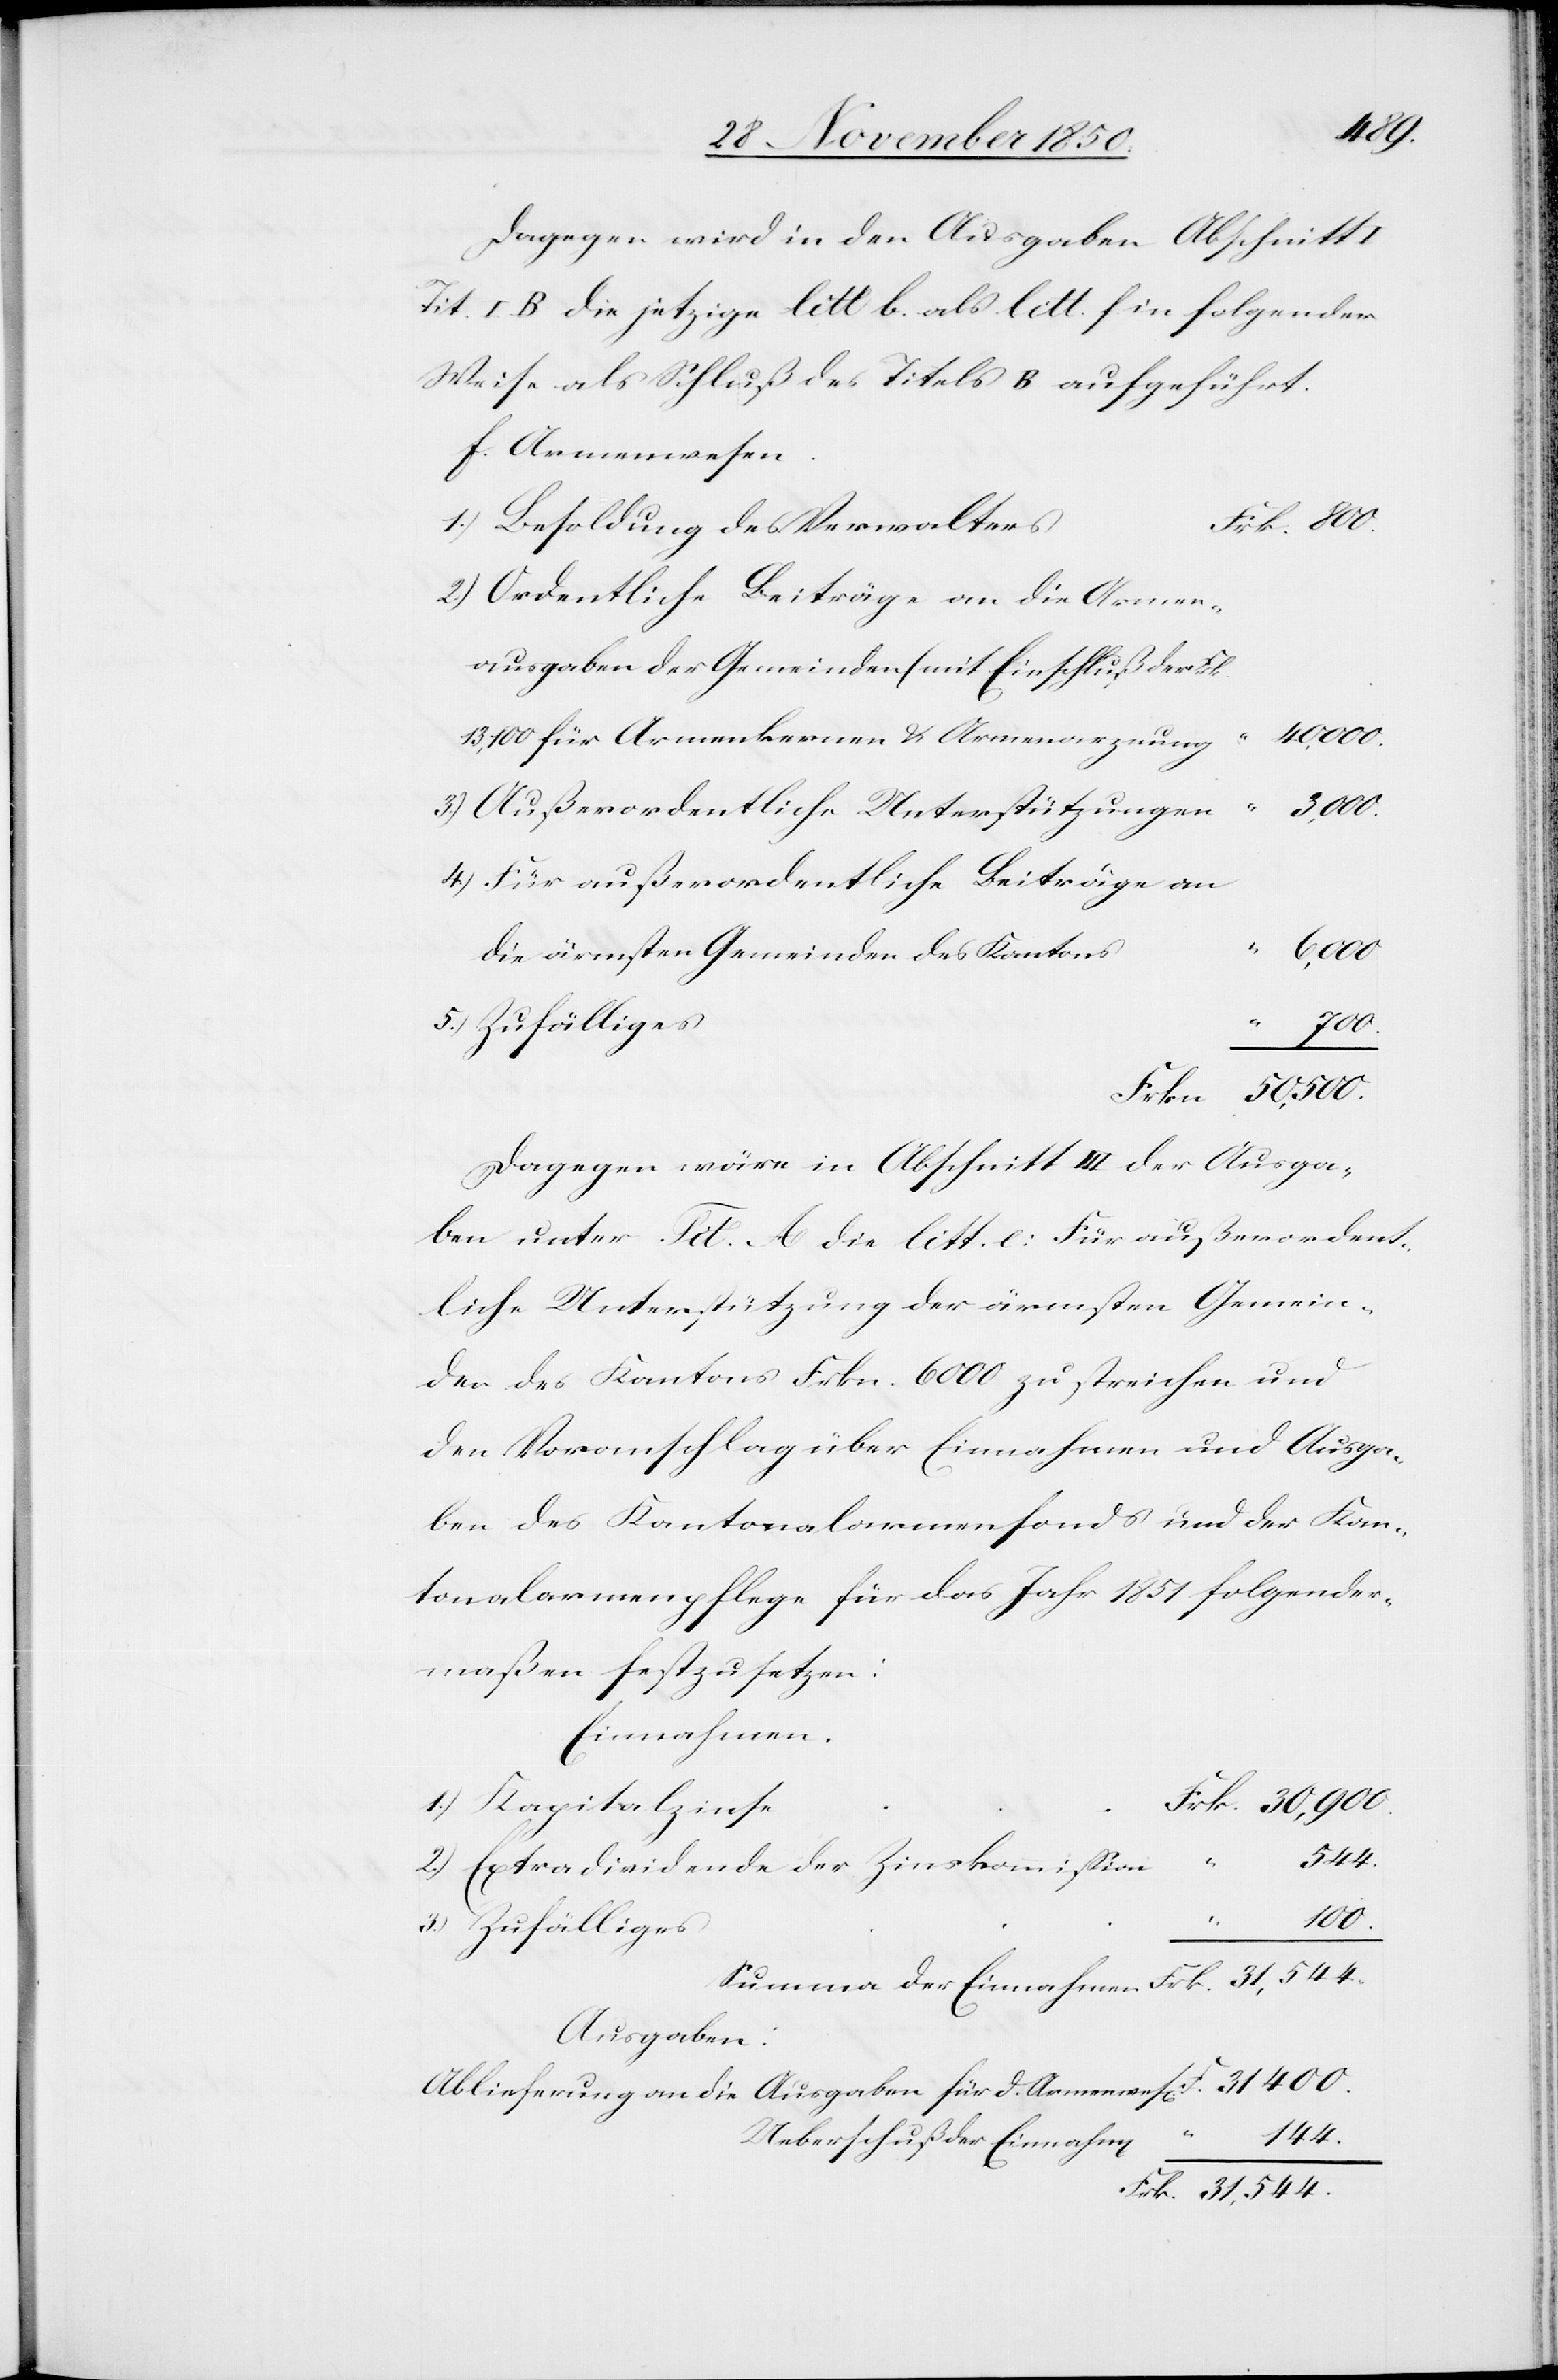
Dagegen wird in den Ausgaben Abschnitt
Tit. I B die jetzige litt b. als litt. f in folgender
Weise als Schluß des Titels B aufgeführt.
f. Armenwesen.
Besoldung des Verwalters
Ordentliche Beiträge an die Armen¬
ausgaben der Gemeinden (mit Einschluß der Frk.
400.
13,100 für Armenkernen & Armenarznung[)]
Frk.
Außerordentliche Unterstützungen
31,544.
Für außerordentliche Beiträge an
4.)
die ärmsten Gemeinden des Kantons
F.
Summe
Dagegen wäre in Abschnitt III der Ausga¬
ben unter Tit. A die litt. e: Für außerordent¬
liche Unterstützung der ärmsten Gemein¬
den des Kantons Frkn. 6000 zu streichen und
den Voranschlag über Einnahmen und Ausga¬
ben des Kantonalarmenfonds und der Kan¬
tonalarmenpflege für das Jahr 1851 folgender¬
maßen festzusetzen:
Einnahmen
Kapitalzinse
544.
2.)
Extradividende der Zinskommission
Zufälliges
Ausgaben:
Ablieferung an die Ausgaben für d. Armenwes[en]
144.
Ueberschuß der Einnahm[e¬